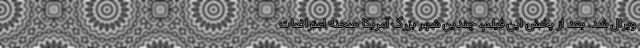
ویرال شد. بعد از پخش این فیلم، چندین شهر بزرگ آمریکا صحنه اعتراضات